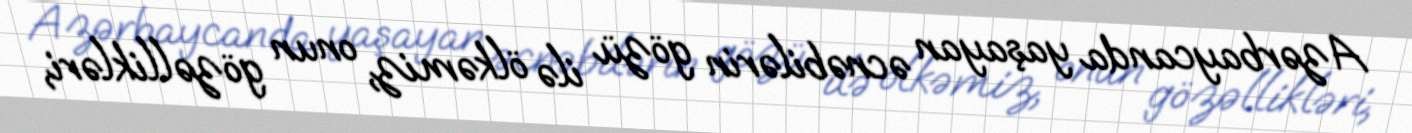
Azərbaycanda yaşayan əcnəbilərin gözü ilə ölkəmiz, onun gözəllikləri,